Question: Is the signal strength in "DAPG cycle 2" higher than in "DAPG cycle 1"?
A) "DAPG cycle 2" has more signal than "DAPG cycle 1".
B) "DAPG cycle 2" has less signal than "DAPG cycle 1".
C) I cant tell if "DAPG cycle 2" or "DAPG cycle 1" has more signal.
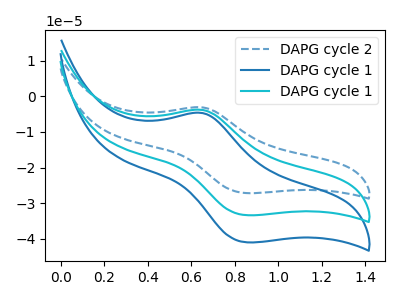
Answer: <think>The blue dashed curve "DAPG cycle 2" has an anodic peak at (0.65V, -3.10uA) and a cathodic peak at (0.85V, -27.20uA). The blue curve "DAPG cycle 1" has an anodic peak at (0.65V, -7.55uA) and a cathodic peak at (0.85V, -66.80uA). The cyan curve "DAPG cycle 1" has an anodic peak at (0.65V, -3.80uA) and a cathodic peak at (0.85V, -33.40uA).
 All the peaks in "DAPG cycle 2" have a peak in "DAPG cycle 1" at the same potential.</think>
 <answer>C) I cant tell if "DAPG cycle 2" or "DAPG cycle 1" has more signal.</answer>
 <eval>C</eval>